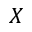
X